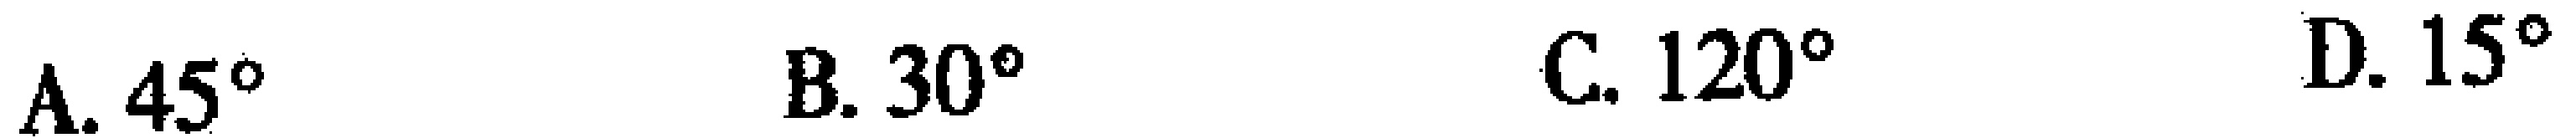
A. \(45^{\circ}\)  B. \(30^{\circ}\)  C. \(120^{\circ}\)  D. \(15^{\circ}\)